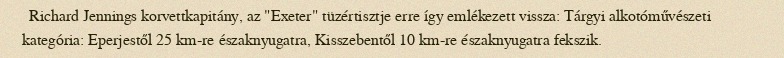
Richard Jennings korvettkapitány, az "Exeter" tüzértisztje erre így emlékezett vissza: Tárgyi alkotóművészeti kategória: Eperjestől 25 km-re északnyugatra, Kisszebentől 10 km-re északnyugatra fekszik.